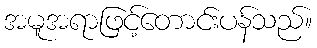
အမူအရာဖြင့်တောင်းပန်သည်။